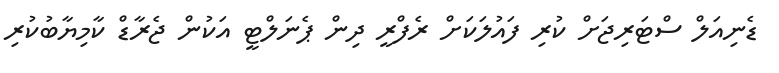
ޑެނިއަލް ސްޓަރިޖަށް ކުރި ފައުލަކަށް ރެފްރީ ދިން ޕެނަލްޓީ އަކުން ޖެރާޑް ކާމިޔާބުކުރި